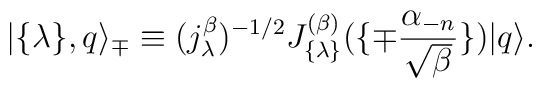
| \{ \lambda \}, q \rangle_{\mp} \equiv(j_{\lambda}^{\beta})^{-1/2}J_{\{ \lambda \} }^{(\beta)}(\{ \mp {\alpha_{-n} \over \sqrt{\beta}} \} )|q \rangle.